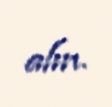
alın.